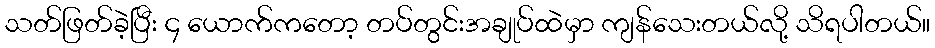
သတ်ဖြတ်ခဲ့ပြီး ၄ ယောက်ကတော့ တပ်တွင်းအချုပ်ထဲမှာ ကျန်သေးတယ်လို့ သိရပါတယ်။